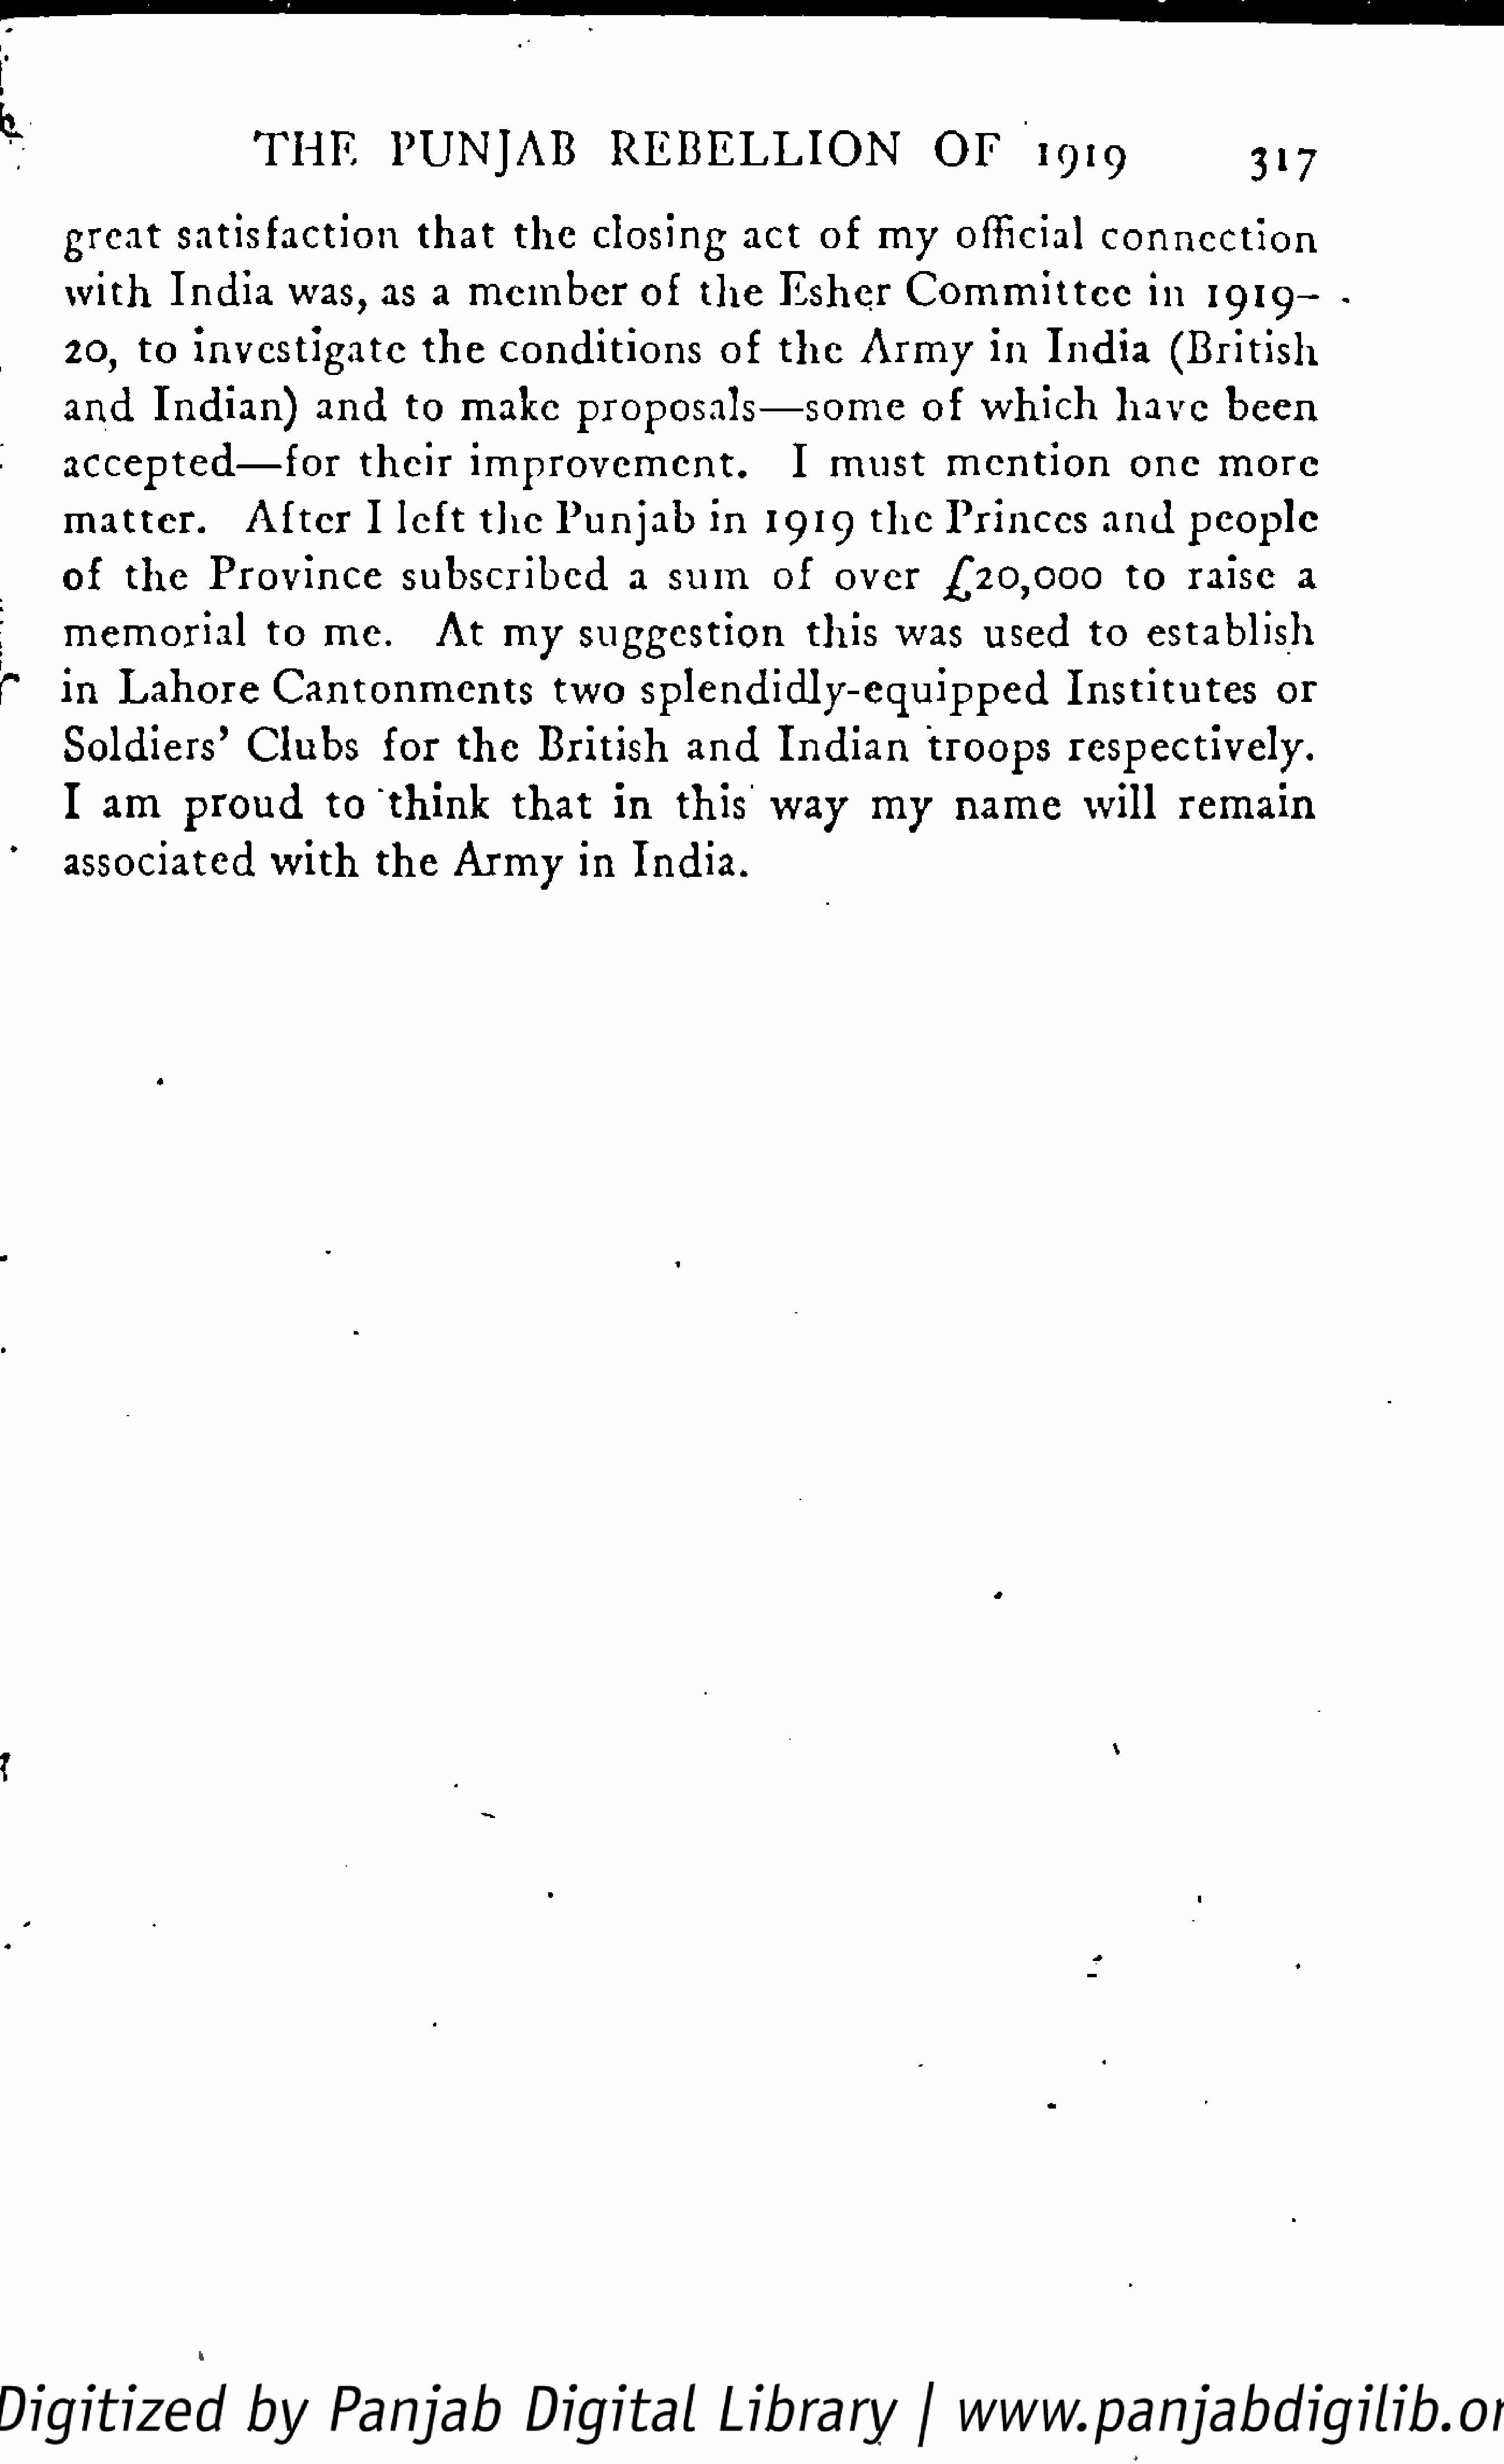
T   HE          PUNJAB                   R   E   B   E   L   L  I  ON          OF          1919                       i
 3  7
 great        satisfaction                that       the      closing           act      of     my       official          connection
 with        India         was,       as    a   member              of      the      Esher         Committee                    in     1919—          -
 20,     to     investigate                the     conditions                of     the       Army           in    India          (British
 and       Indian)            and       to     make         proposals—some                           of     which           have         been
 accepted—for                       their        improvement.                          I    must         mention               one       more
 matter.              After         I   left     the      Punjab            in    1919         the     Princes            and       people
 of      the       Province              subscribed                 a    sum         of     over         £20,000              to      raise       a
 memorial               to     me.          At      my       suggestion                this       was       used        to     establish
 in     Lahore            Cantonments                      two       splendidly-equipped                               Institutes               or
 Soldiers'            Clubs           for      the      British          and        Indian           troops           respectively.
 I   am        proud           to     think          that       in     this        way        my        name           will        remain
 associated              with        the      Army           in    India.